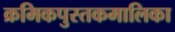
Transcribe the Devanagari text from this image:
क्रमिकपुस्तकमालिका